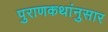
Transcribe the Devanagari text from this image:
पुराणकथांनुसार